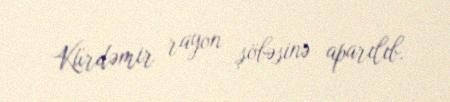
Kürdəmir rayon şöbəsinə aparılıb.